Lock hospitals Punjab
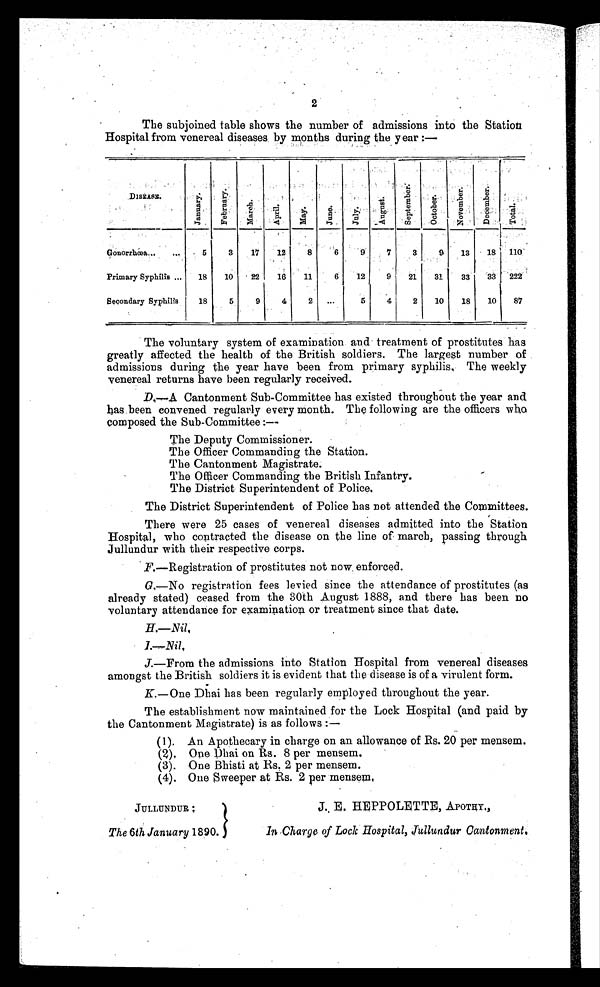
2
The subjoined table shows the number of admissions into the Station.
Hospital from venereal diseases by months during the year :—
DI SEASE.
J a n u a r y .
F e b r u a r y .
M a r c h .
A p r i l . M a y .
J u n e .
J u l y .
A u g u s t .
S e p t e m b e r .
O c t o b e r .
N o v e m b e r .
D e c e m b e r .
T o t a l .
Ganorrhœa.
5
3
17
12
8
6
9
7
3
9
13
18 110
Primary Syphilis...
18
10
22
16
11
6
12
9
21
31
33
33 222
Secondary Syphilis
18
5
9
4
2 ...
5
4
2
10
18
10
87
The voluntary system of examination and treatment of prostitutes has
greatly affected the health of the British soldiers. The largest number of
admissions during the year have been from primary syphilis, The weekly
venereal returns have been regularly received.
D.—A Cantonment Sub-Committee has existed throughout the year and
has been convened regularly every month. The following are the officers who
composed the Sub-Committee:—
The Deputy Commissioner.
The Officer Commanding the Station.
The Cantonment Magistrate.
The Officer Commanding the British Infantry.
The District Superintendent of Police,
The District Superintendent of Police has not attended the Committees.
There were 25 cases of venereal diseases admitted into the Station
Hospital, who contracted the disease on the line of march, passing through
Jullundur with their respective corps.
F.—Registration of prostitutes not now enforced.
G
,—No registration fees levied since the attendance of prostitutes (as
already stated) ceased from the 30th August 1888, and there has been no
voluntary attendance for examination or treatment since that date.
J.—From the admissions into Station Hospital from venereal diseases
amongst the British soldiers it is evident that the disease is of a virulent form .
K.—One Dhai has been regularly employed throughout the year.
The establishment now maintained for the Lock Hospital (and paid by
the Cantonment Magistrate) is as follows :—
(1). An Apothecary in charge on an allowance of Es. 20 per mensem.
(2). One Dhai on Rs. 8 per mensem.
(3).
One Bhisti at Rs. 2 per mensem.
(4). One sweeper at Rs. 2 per mensem.
JULLUNDUR
The 6th January 1890.
J. E. HEPPOLETTE, APOTHY.,
In Charge of Lock Hospital, Jullundur Cantonment,